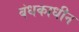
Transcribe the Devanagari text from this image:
बंधकाधीन